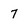
Character: 7